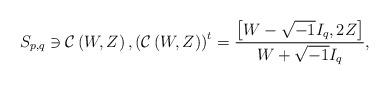
LaTeX: \begin{align*} S_{p,q}\ni \mathcal{C}\left(W,Z\right),\left(\mathcal{C}\left(W,Z\right)\right)^{t}= \frac{\left[ W-\sqrt{-1}I_{q},2Z \right]}{W+\sqrt{-1}I_{q}},\end{align*}